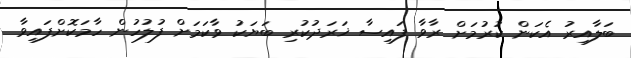
ބަލާއިރު އެކަން ކުރުމަށް ރާވާ ފައިސާ ޚަރަދުކުރި ބަޔަކު ވާކަމަށް ފުލުހުން ހާމަކޮށްފައިވާ